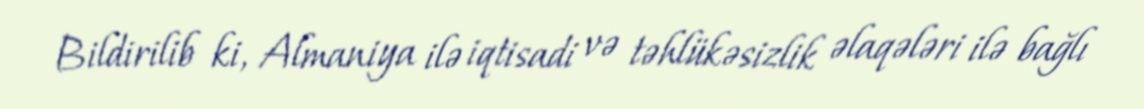
Bildirilib ki, Almaniya ilə iqtisadi və təhlükəsizlik əlaqələri ilə bağlı